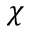
\chi